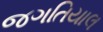
જગતિયાલ